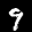
Label: 9